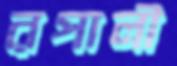
রপালী